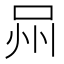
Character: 𭇫